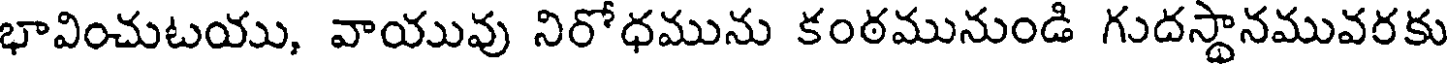
భావించుటయు, వాయువు నిరోధమును కంఠమునుండి గుదస్థానమువరకు